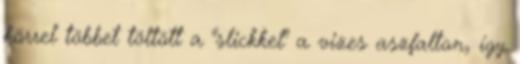
körrel többet töltött a "slickkel" a vizes aszfalton, így